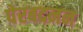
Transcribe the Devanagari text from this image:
पेरबदनन